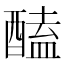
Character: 醘